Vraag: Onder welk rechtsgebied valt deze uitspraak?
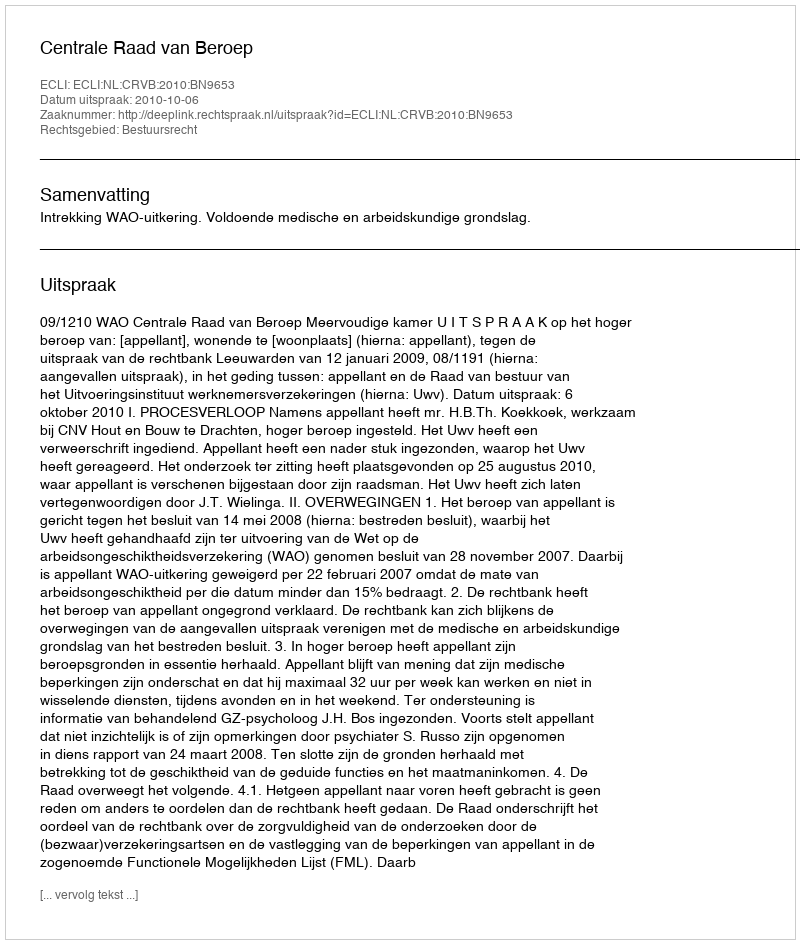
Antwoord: Bestuursrecht